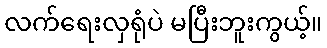
လက်ရေးလှရုံပဲ မပြီးဘူးကွယ့်။